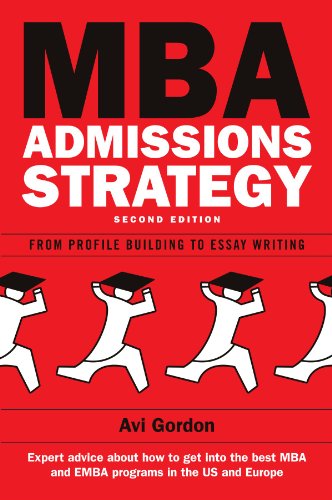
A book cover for MBA Admissions Strategy: From Profile Building to Essay Writing; Avi Gordon; Education & Teaching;